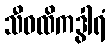
သီဝထိကဒွါရံ